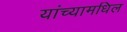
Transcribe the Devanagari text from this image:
यांच्यामधिल